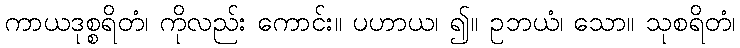
ကာယဒုစ္စရိတံ၊ ကိုလည်း ကောင်း။ ပဟာယ၊ ၍။ ဥဘယံ၊ သော။ သုစရိတံ၊